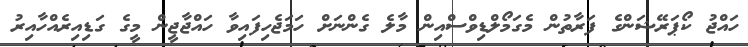
ހައްޖު ކޯޕަރޭޝަންގެ ފަރާތުން މެގަމޯލްޑިވްސްއިން މާލެ ގެންނަށް ހަމަޖެހިފައިވާ ހައްޖާޖީން މީގެ ގަޑިއިރެއްހާއިރު